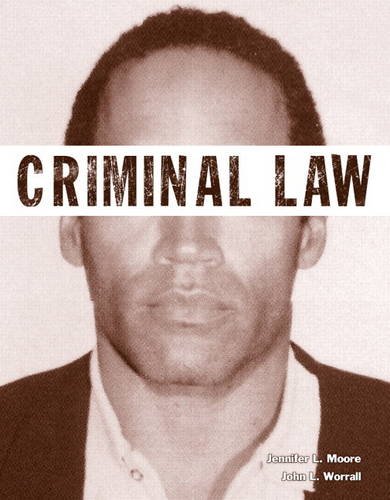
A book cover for Criminal Law (Justice Series) (The Justice Series); Jennifer L. Moore; Law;